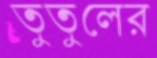
তুতুলের